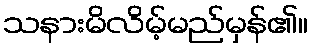
သနားမိလိမ့်မည်မှန်၏။